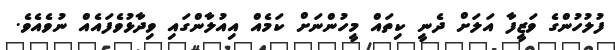
ފުލުހުންގެ ވަޒީފާ އަލަށް ދެނީ ކިތައް މީހުންނަށް ކަމެއް އިއުލާންގައި ވިދާޅުވެފައެއް ނުވެއެވެ.